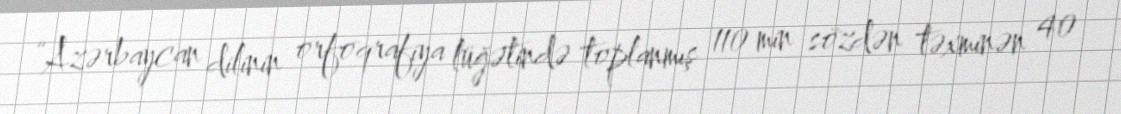
“Azərbaycan dilinin orfoqrafiya lüğətində toplanmış 110 min sözdən təxminən 40